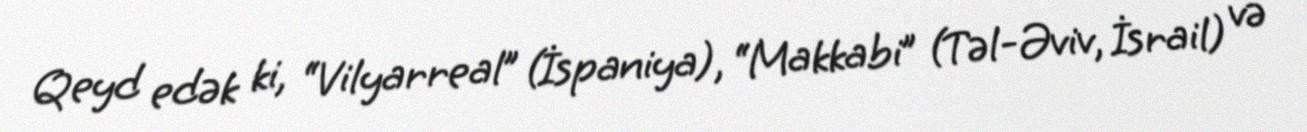
Qeyd edək ki, “Vilyarreal” (İspaniya), “Makkabi” (Təl-Əviv, İsrail) və